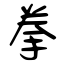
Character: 拳